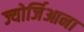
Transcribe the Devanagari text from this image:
ज्योर्जिआना